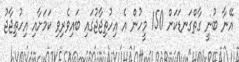
އޭނާ ބުނީ ގާތްގަނޑަކަށް 150 މީހުން އެ އިހުތިޖާޖުގައި ބައިވެރިވި ކަމަށާއި އިހުތިޖާޖު